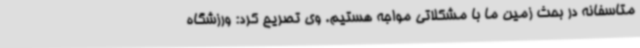
متاسفانه در بحث زمین ما با مشکلاتی مواجه هستیم. وی تصریح کرد: ورزشگاه